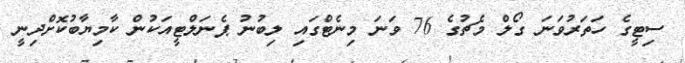
ސިޓީގެ ހަތަރުވަނަ ގޯލް މެޗުގެ 76 ވަނަ މިނެޓްގައި ލިބުނު ޕެނަލްޓީއަކުން ކާމިޔާބުކޮށްދިނީ